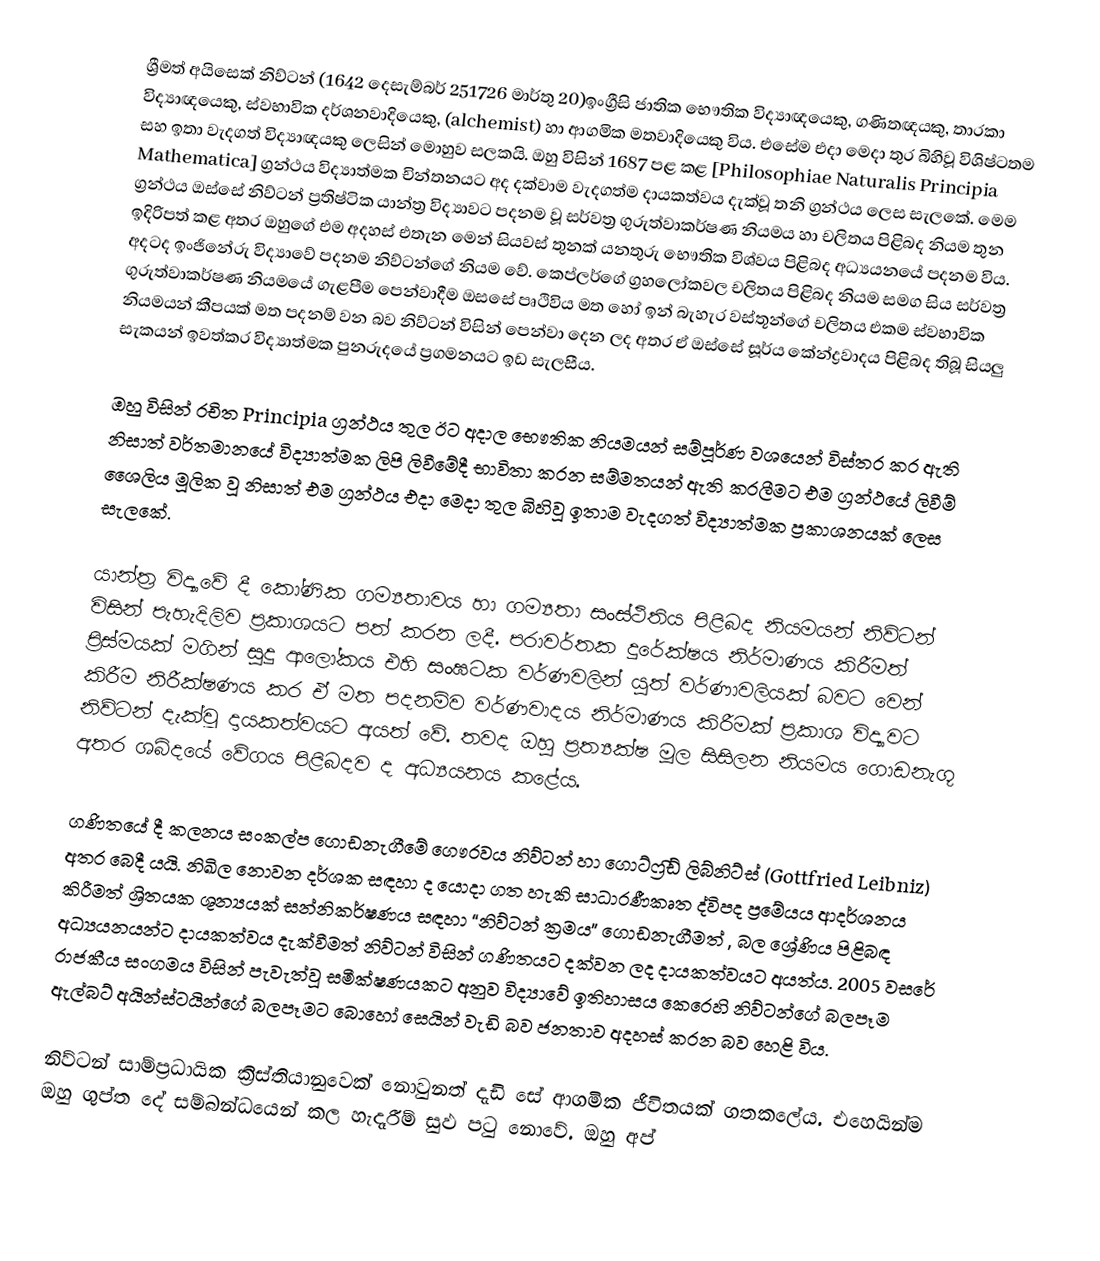
ශ්‍රීමත් අයිසෙක් නිව්ටන්  (1642 දෙසැම්බර් 251726 මාර්තු 20)ඉංග්‍රීසි ජාතික භෞතික විද්‍යාඥයෙකු, ගණිතඥයකු, තාරකා විද්‍යාඥයෙකු, ස්වභාවික දර්ශනවාදියෙකු, (alchemist) හා ආගමික මතවාදියෙකු විය. එසේම එදා මෙදා තුර බිහිවූ විශිෂ්ටතම සහ ඉතා වැදගත් විද්‍යාඥයකු ලෙසින් මොහුව සලකයි.  ඔහු විසින් 1687 පළ කළ [Philosophiae Naturalis Principia Mathematica] ග්‍රන්ථය විද්‍යාත්මක චින්තනයට අද දක්වාම වැදගත්ම දායකත්වය දැක්වූ තනි ග්‍රන්ථය ලෙස සැලකේ. මෙම ග්‍රන්ථය ඔස්සේ නිව්ටන් ප්‍රතිෂ්ටික යාන්ත්‍ර විද්‍යාවට පදනම වූ සර්වත්‍ර ගුරුත්වාකර්ෂණ නියමය හා චලිතය පිළිබද නියම තුන ඉදිරිපත් කළ අතර ඔහුගේ එම අදහස් එ‍තැන මෙන් සියවස් තුනක් යනතුරු භෞතික විශ්වය පිළිබද අධ්‍යයනයේ පදනම විය. අදටද ඉංජිනේරු විද්‍යාවේ පදනම නිව්ටන්ගේ නියම වේ. කෙප්ලර්ගේ ග්‍රහලෝකවල චලිතය පිළිබද නියම සමග සිය සර්වත්‍ර ගුරුත්වාකර්ෂණ නියමයේ ගැළපීම පෙන්වාදීම ඔසසේ පෘථිවිය මත හෝ ඉන් බැහැර වස්තූන්ගේ චලිතය එකම ස්වභාවික නියමයන් කීපයක් මත පදනම් වන බව නිව්ටන් විසින් පෙන්වා දෙන ලද අතර ඒ ඔස්සේ සූර්ය කේන්ද්‍රවාදය පිළිබද තිබූ සියලු සැකයන් ඉවත්කර විද්‍යාත්මක පුනරුදයේ ප්‍රගමනයට ඉඩ සැලසීය.

ඔහු විසින් රචිත Principia ග්‍රන්ථය තුල ඊට අදාල භෞතික නියමයන් සම්පූර්ණ වශයෙන් විස්තර කර ඇති නිසාත් වර්තමානයේ විද්‍යාත්මක ලිපි ලිවීමේදී භාවිතා කරන සම්මතයන් ඇති කරලීමට එම ග්‍රන්ථයේ ලිවීම් ශෛලිය මූලික වූ නිසාත් එම ග්‍රන්ථය එදා මෙදා තුල බිහිවූ ඉතාම වැදගත් විද්‍යාත්මක ප්‍රකාශනයක් ලෙස සැලකේ.

යාන්ත්‍ර විද්‍යාවේ දී කෝණික ගම්‍යතාවය හා ගම්‍යතා සංස්ථිතිය පිළිබද නියමයන් නිව්ටන් විසින් පැහැදිලිව ප්‍රකාශයට පත් කරන ලදී. පරාවර්තක දුරේක්ෂය නිර්මාණය කිරීමත් ප්‍රිස්මයක් මගින් සුදු ආලෝකය එහි සංඝටක වර්ණවලින් යුත් වර්ණාවලියක් බවට වෙන් කිරීම නිරීක්ෂණය කර ඒ මත පදනම්ව වර්ණවාදය නිර්මාණය කිරීමක් ප්‍රකාශ විද්‍යාවට නිව්ටන් දැක්වූ දායකත්වයට අයත් වේ. තවද ඔහු ප්‍රත්‍යක්ෂ මූල සිසිලන නියමය ගොඩනැගූ අතර ශබ්දයේ වේග‍ය පිළිබදව ද අධ්‍යයනය කළේය.

ගණිතයේ දී කලනය සංකල්ප ගොඩනැගීමේ ගෞරවය නිව්ටන් හා ගොට්ෆ්‍රිඩ් ලිබ්නිට්ස් (Gottfried Leibniz) අතර බෙදී යයි. නිඛිල නොවන දර්ශක සඳහා ද යොදා ගත හැකි සාධාරණීකෘත ද්විපද ප්‍රමේයය ආදර්ශනය කිරීමත් ශ්‍රිතයක ශූන්‍යයක් සන්නිකර්ෂණය සඳහා “නිව්ටන් ක්‍රමය” ගොඩනැගීමත් , බල ශ්‍රේණිය පිළිබඳ අධ්‍යයනයන්ට දායකත්වය දැක්වීමත් නිව්ටන් විසින් ගණිතයට දක්වන ලද දායකත්වයට අයත්ය. 2005 වසරේ රාජකීය සංගමය විසින් පැවැත්වූ සමීක්ෂණයකට අනුව විද්‍යාවේ ඉතිහාසය කෙරෙහි නිව්ටන්ගේ බලපෑම ඇල්බට් අයින්ස්ටයින්ගේ බලපෑමට බොහෝ සෙයින් වැඩි බව ජනතාව අදහස් කරන බව හෙළි විය.

නිව්ටන් සාම්ප්‍රධායික ක්‍රිස්තියානුවෙක් නොවුනත් දැඩි සේ ආගමික ජීවිතයක් ගතකලේය. එහෙයින්ම ඔහු ගුප්ත දේ සම්බන්ධයෙන් කල හැදෑරීම් සුඵ පටු නොවේ. ඔහු අප්‍